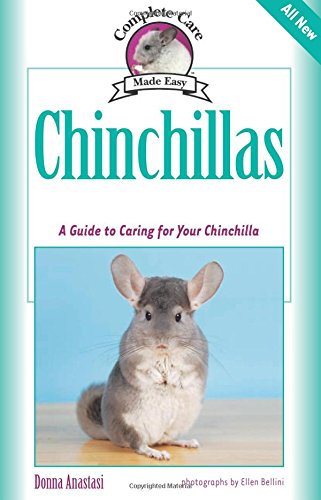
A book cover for Chinchillas: A Guide to Caring for Your Chinchilla (Complete Care Made Easy); Donna Anastasi; Crafts, Hobbies & Home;